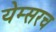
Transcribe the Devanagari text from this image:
येम्सरच